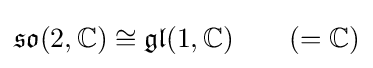
{\mathfrak {so}}(2,\mathbb {C} )\cong {\mathfrak {gl}}(1,\mathbb {C} )\qquad (=\mathbb {C} )